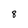
Character: 8